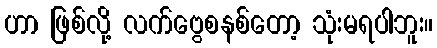
ဟာ ဖြစ်လို့ လက်ဗွေစနစ်တော့ သုံးမရပါဘူး။